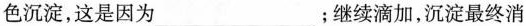
色沉淀，这是因为___；继续滴加，沉淀最终消